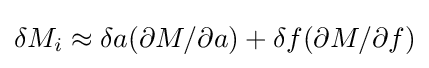
\delta M_{i}\approx \delta a(\partial M/\partial a)+\delta f(\partial M/\partial f)